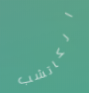
الكاتشب